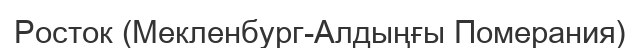
Росток (Мекленбург-Алдыңғы Померания)